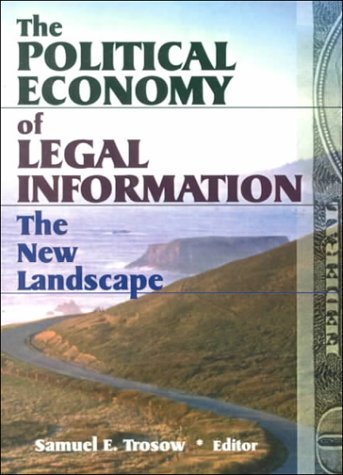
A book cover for The Political Economy of Legal Information: The New Landscape (Legal Reference Services); Samuel E Trosow; Law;